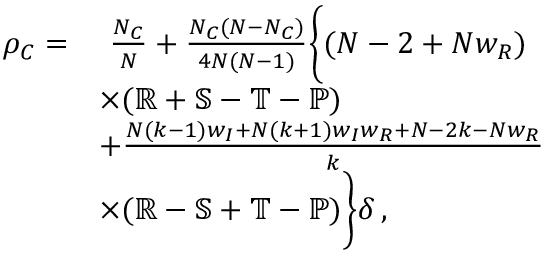
\begin{array} { r l } { \rho _ { C } = } & { ~ \frac { N _ { C } } { N } + \frac { N _ { C } ( N - N _ { C } ) } { 4 N ( N - 1 ) } \bigg \{ ( N - 2 + N w _ { R } ) } \\ & { \times ( \mathbb { R } + \mathbb { S } - \mathbb { T } - \mathbb { P } ) } \\ & { + \frac { N ( k - 1 ) w _ { I } + N ( k + 1 ) w _ { I } w _ { R } + N - 2 k - N w _ { R } } { k } } \\ & { \times ( \mathbb { R } - \mathbb { S } + \mathbb { T } - \mathbb { P } ) \bigg \} \delta \, , } \end{array}